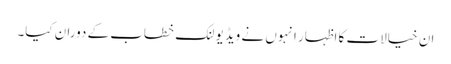
ان خیالات کا اظہار انہوں نے ویڈیو لنک خطاب کے دوران کیا۔